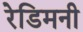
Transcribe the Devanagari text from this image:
रेडिमनी